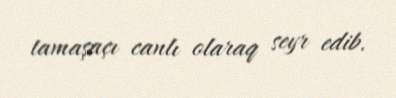
tamaşaçı canlı olaraq seyr edib.